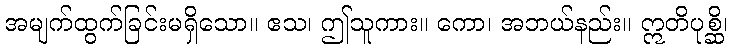
အမျက်ထွက်ခြင်းမရှိသော။ ဧသ၊ ဤသူကား။ ကော၊ အဘယ်နည်း။ ဣတိပုစ္ဆိ၊